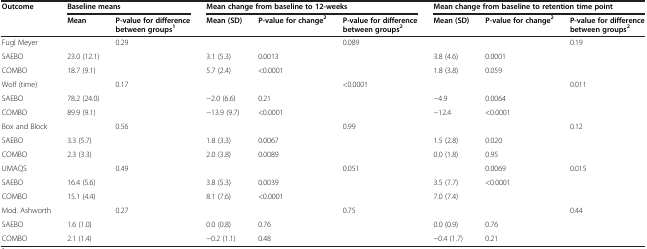
| Outcome | <COLSPAN=2> Baseline means | <COLSPAN=3> Mean change from baseline to 12-weeks | <COLSPAN=3> Mean change from baseline to retention time point |
 |  | Mean | P-value for difference between groups1 | Mean (SD) | P-value for change2 | P-value for difference between groups2 | Mean (SD) | P-value for change2 | P-value for difference between groups2 |
 | --- | --- | --- | --- | --- | --- | --- | --- | --- |
 | Fugl Meyer |  | 0.29 |  |  | 0.089 |  |  | 0.19 |
 | SAEBO | 23.0 (12.1) |  | 3.1 (5.3) | 0.0013 |  | 3.8 (4.6) | 0.0001 |  |
 | COMBO | 18.7 (9.1) |  | 5.7 (2.4) | <0.0001 |  | 1.8 (3.8) | 0.059 |  |
 | Wolf (time) |  | 0.17 |  |  | <0.0001 |  |  | 0.011 |
 | SAEBO | 78.2 (24.0) |  | −2.0 (6.6) | 0.21 |  | −4.9 | 0.0064 |  |
 | COMBO | 89.9 (9.1) |  | −13.9 (9.7) | <0.0001 |  | −12.4 | <0.0001 |  |
 | Box and Block |  | 0.56 |  |  | 0.99 |  |  | 0.12 |
 | SAEBO | 3.3 (5.7) |  | 1.8 (3.3) | 0.0067 |  | 1.5 (2.8) | 0.020 |  |
 | COMBO | 2.3 (3.3) |  | 2.0 (3.8) | 0.0089 |  | 0.0 (1.8) | 0.95 |  |
 | UMAQS |  | 0.49 |  |  | 0.051 |  | 0.0069 | 0.015 |
 | SAEBO | 16.4 (5.6) |  | 3.8 (5.3) | 0.0039 |  | 3.5 (7.7) | <0.0001 |  |
 | COMBO | 15.1 (4.4) |  | 8.1 (7.6) | <0.0001 |  | 7.0 (7.4) |  |  |
 | Mod. Ashworth |  | 0.27 |  |  | 0.75 |  |  | 0.44 |
 | SAEBO | 1.6 (1.0) |  | 0.0 (0.8) | 0.76 |  | 0.0 (0.9) | 0.76 |  |
 | COMBO | 2.1 (1.4) |  | −0.2 (1.1) | 0.48 |  | −0.4 (1.7) | 0.21 |  |